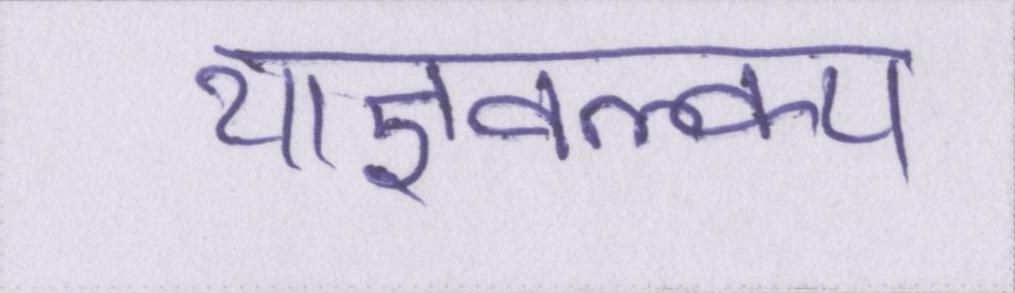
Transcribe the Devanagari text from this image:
याज्ञवल्क्य